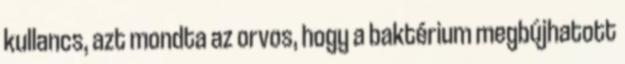
kullancs, azt mondta az orvos, hogy a baktérium megbújhatott